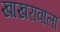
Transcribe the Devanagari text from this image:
खाखरावाला